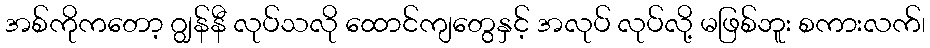
အစ်ကိုကတော့ ဂျွန်နီ လုပ်သလို ထောင်ကျတွေနှင့် အလုပ် လုပ်လို့ မဖြစ်ဘူး စကားလက်၊